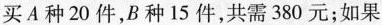
买A种20件，B种15件，共需380元；如果